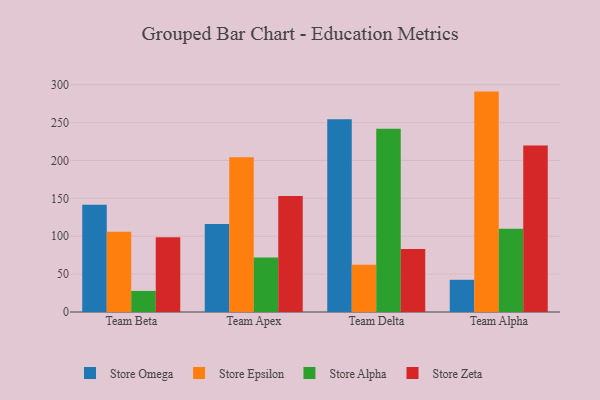
{"axis": {"x": "Team", "y": "Tickets Resolved"}, "legend": ["Store Alpha", "Store Epsilon", "Store Omega", "Store Zeta"], "data": [{"x": "Team Beta", "y": 141.5, "type": "Store Omega"}, {"x": "Team Beta", "y": 106.0, "type": "Store Epsilon"}, {"x": "Team Beta", "y": 27.8, "type": "Store Alpha"}, {"x": "Team Beta", "y": 98.8, "type": "Store Zeta"}, {"x": "Team Apex", "y": 116.2, "type": "Store Omega"}, {"x": "Team Apex", "y": 204.2, "type": "Store Epsilon"}, {"x": "Team Apex", "y": 71.8, "type": "Store Alpha"}, {"x": "Team Apex", "y": 153.1, "type": "Store Zeta"}, {"x": "Team Delta", "y": 254.3, "type": "Store Omega"}, {"x": "Team Delta", "y": 62.3, "type": "Store Epsilon"}, {"x": "Team Delta", "y": 241.9, "type": "Store Alpha"}, {"x": "Team Delta", "y": 83.3, "type": "Store Zeta"}, {"x": "Team Alpha", "y": 42.5, "type": "Store Omega"}, {"x": "Team Alpha", "y": 290.9, "type": "Store Epsilon"}, {"x": "Team Alpha", "y": 110.0, "type": "Store Alpha"}, {"x": "Team Alpha", "y": 219.6, "type": "Store Zeta"}]}